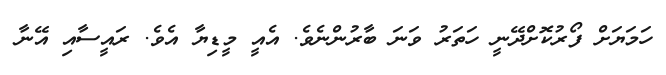
ހަމަޔަށް ފޯރުކޮށްދޭނީ ހަތަރު ވަނަ ބާރުންނެވެ. އެއީ މީޑިޔާ އެވެ. ރައީސާއި އޭނާ